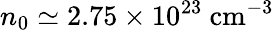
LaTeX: n_{0}\simeq 2.75\times 10^{23}~\mathrm{cm^{-3}}